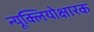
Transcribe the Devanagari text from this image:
न्यूक्लियोक्षारक